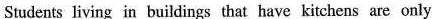
Students living in buildings that have kitchens are only